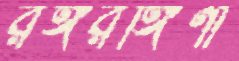
রঙ্গরঙ্গিণী